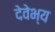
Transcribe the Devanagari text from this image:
देवेभ्य